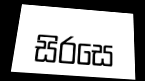
සිරසෙ